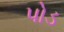
પોડ